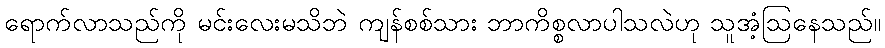
ရောက်လာသည်ကို မင်းလေးမသိဘဲ ကျန်စစ်သား ဘာကိစ္စလာပါသလဲဟု သူအံ့ဩနေသည်။